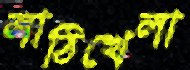
লাঠিখেলা